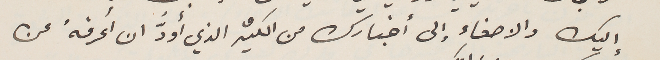
إليك والاصغاء إلى أخبارك من الكثير الذي أودُّ ان أعرفهُ عن